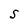
Character: S